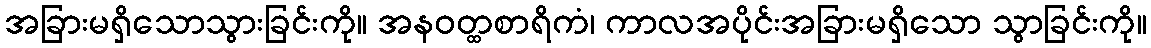
အခြားမရှိသောသွားခြင်းကို။ အနဝတ္ထစာရိကံ၊ ကာလအပိုင်းအခြားမရှိသော သွာခြင်းကို။